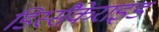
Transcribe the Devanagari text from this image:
डिस्सैकेराइड